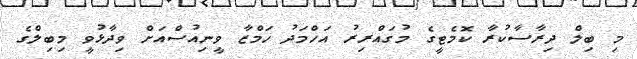
މި ބިލް ދިރާސާކުރާ ކޮމެޓީގެ މުގައްރިރު އަހްމަދު ހަމްޒާ ވީނިއުސްއަށް ވިދާޅުވީ މިބިލްގެ